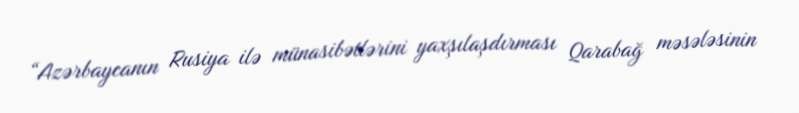
“Azərbaycanın Rusiya ilə münasibətlərini yaxşılaşdırması Qarabağ məsələsinin